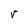
Character: r